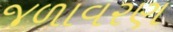
જળાવરણ